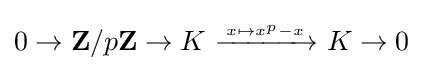
0\to \mathbf {Z} /p\mathbf {Z} \to K\ {\xrightarrow {{} \atop x\mapsto x^{p}-x}}\ K\to 0